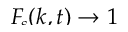
\smash { \ensuremath { F _ { \! s } } ( k , t ) \to 1 }